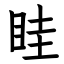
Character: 眭